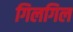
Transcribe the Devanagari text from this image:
गिलगिल